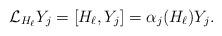
LaTeX: \begin{align*} \mathcal{L}_{H_\ell} Y_j = [H_\ell, Y_j] = \alpha_j (H_\ell) Y_j.\end{align*}